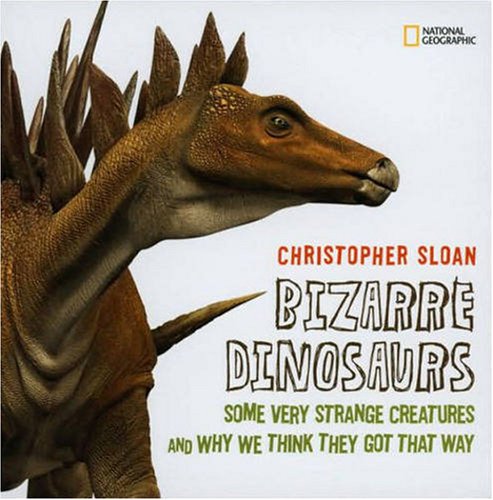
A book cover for Bizarre Dinosaurs: Some Very Strange Creatures and Why We Think They Got That Way; Christopher Sloan; Children's Books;